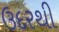
ઉદરથી